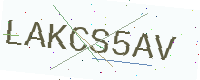
Text: LAKCS5AV